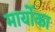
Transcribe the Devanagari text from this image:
मार्योका